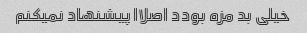
خیلی بد مزه بودد اصلاا پیشنهاد نمیکنم